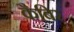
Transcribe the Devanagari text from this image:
कैबिर